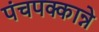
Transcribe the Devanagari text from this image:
पंचपक्कान्ने